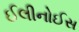
ઈલીનોઈસ